Annual report of the Civil Veterinary Department, Bengal, for the year 1897-98 - 1897-1898
Year: 1897
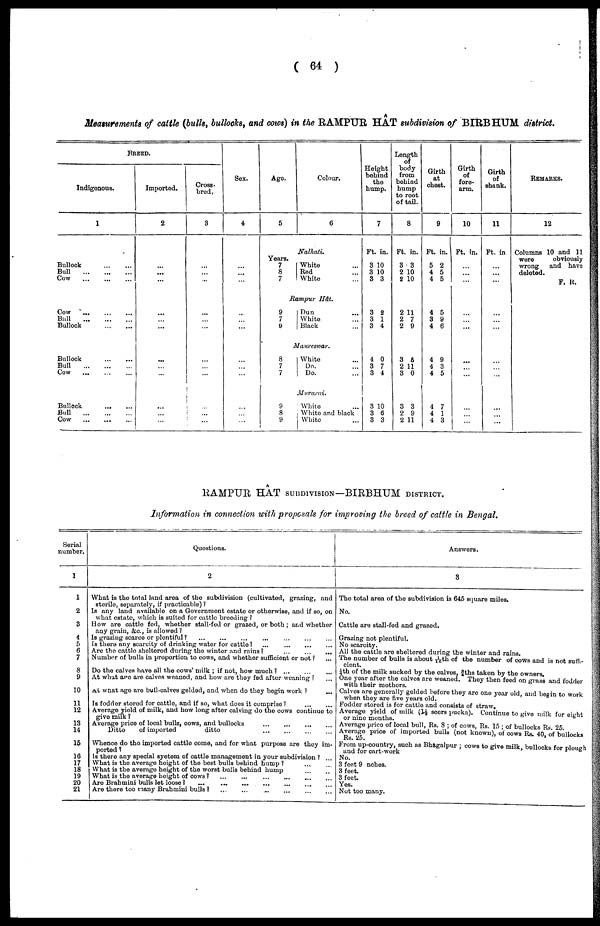
( 64 )
Measurements of cattle (bulls, bullocks, and cows) in the RAMPUR HAT subdivision of BIRBHUM district.
BRED.
Indigenous.
1
Bullock
...
...
...
Bull
...
...
...
Cow
...
...
...
Cow
...
...
...
Bull
...
...
...
Bullock
...
...
Bullock
...
...
Bull
...
...
...
Cow
...
...
...
Bullock ... ...
Bull
...
...
...
Cow ... ... ...
Imported.
2
...
...
...
...
...
...
...
...
...
...
...
...
Cross-
bred,
3
...
...
...
...
...
...
...
...
...
...
...
...
Sex.
4
...
...
...
...
...
...
...
...
...
...
...
...
Ago.
5
Years.
7
8
7
Colour.
6
Nalhati.
White ...
Red ...
White ...
Rampur
Hôt.
9
7
9
Dun ...
White ...
Black ...
Maureswar.
8
7
7
9
8
9
White ...
Do. ...
Do. ...
Murarai.
White ...
White and black
White ...
Height
behind
the
hump.
7
Ft. in.
8 10
3 10
3 3
3 2
3 1
3 4
4 0
3 7
3 4
3 10
3 6
3 3
Length
body
from
behind
hump
to root
of tail.
8
Ft. in.
3 3
2 10
2 10
2 11
2 7
2 9
3 6
2 11
3 0
3 3
2 9
2 11
Girth
at
chest.
9
Ft. in.
5 2
4 5
4 5
4 5
3 9
4 6
4 9
4 3
4 5
4 7
4 1
4 3
Girth
of
fore-
arm.
10
Ft. in.
...
...
...
...
...
...
...
...
...
...
...
...
Girth
of
shank.
11
Ft. in
...
...
...
...
...
...
...
...
...
...
...
...
REMARKS.
12
Columns 10 and 11
were
obviously
wrong
and have
deleted.
F. R.
RAMPUR HAT SUBD1VISION— BIRBHUM DISTRICT.
Information in connection with proposals for improving the breed of cattle in Bengal.
Serial
number.
1
1
2
3
4
5
6
7
8
9
10
11
12
13
14
15
16
17
18
19
20
21
Questions.
2
What is the total land area of the subdivision (cultivated, grazing, and
sterile, separately, if practicable) ?
Is any land available on a Government estate or otherwise, and if so, on
what estate, which is suited for cattle breeding ?
How are cattle fed, whether stall-fed or grazed, or both ; and whether
any grain, &c, is allowed?
Is grazing scarce or plentiful ? ... ... ... ... ... ... ...
Is there any scarcity of drinking water for cattle?
...
...
...
...
Are the cattle sheltered during the winter and rains?
...
...
...
Number of bulls in proportion to cows, and whether sufficient or not ? ...
Do the calves have all the cows' milk ; if not, how much ? ... ... ...
At what age are calves weaned, and how are they fed after weaning ? ...
At what age are bull-calves gelded, and when do they begin work ? ...
Is fodder stored for cattle, and if so, what does it comprise ? ... ...
Average yield of milk, and how long after calving do the cows continue to
give milk ?
Average price of local bulls, cows, and bullocks
...
...
...
...
Ditto
of imported
ditto
...
...
...
...
Whence do the imported cattle come, and for what purpose are they im-
ported
Is there any special system of cattle management in your subdivision ? ...
What is the average height of the bost bulls behind bump ? ... ...
What is the average height of the worst bulls behind hump ... ...
What is the average height of cows ?
...
...
...
...
...
...
Are Brahmini bulls let loose? ... ... ... ... ... ... ...
Are there too many Bruhmini bulls ? ... ... ... ... ... ...
Answers.
8
The total area of the subdivision is 645 square miles.
No.
Cattle are stall-fed and grazed.
Grazing not plentiful.
No scarcity.
All the cattle are sheltered during the winter and rains.
The number of bulls is about 1/10th of the number of cows and is not suffi-
cient.
¼th of the milk sucked by the calves. ¾ths taken by the owners.
One year after the calves are weaned. They then feed on grass and fodder
with their mothers.
Calves are generally gelded before they are one year old, and begin to work
when they are five years old.
Fodder stored is for cattle and consists of straw.
Average yield of milk (1½ seers pucka). Continue to give milk for eight
or nine months.
Average price of local bull, Rs. 3 ; of cows, Rs. 15 ; of bullocks Rs 25
Average Price of imported bulls (not known), of cows Rs. 40, of bullocks
Rs. 25.
From up-country such as Bhagalpur ; cows to give milk, bollocks for plough
und for cart-work
No.
3 feet 9 inches.
3 feet
3 feet.
Yes.
Not too many.